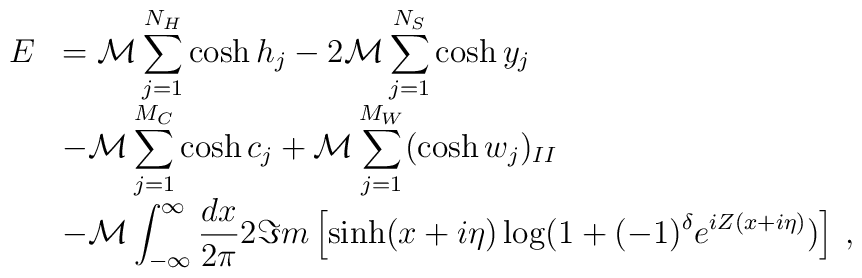
\begin{array}{rl}\displaystyle E & ={\cal M}\displaystyle\sum ^{N_{H}}_{j=1}\cosh h_{j}-2{\cal M}\displaystyle\sum ^{N_{S}}_{j=1}\cosh y_{j}\\ & -{\cal M}\displaystyle\sum ^{M_{C}}_{j=1}\cosh c_{j}+{\cal M}\displaystyle\sum _{j=1}^{M_{W}}(\cosh w_{j})_{II}\\ & -{\cal M}\displaystyle\int ^{\infty }_{-\infty }\displaystyle\frac{dx}{2\pi }2\Im m\left[ \sinh (x+i\eta )\log (1+(-1)^{\delta }e^{iZ(x+i\eta )})\right] \: ,\end{array}